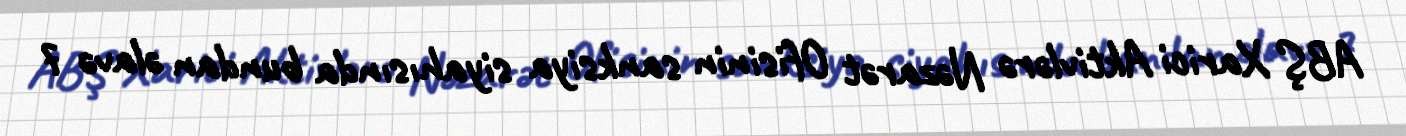
ABŞ Xarici Aktivlərə Nəzarət Ofisinin sanksiya siyahısında bundan əlavə 7